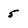
Character: 5